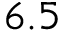
6 . 5